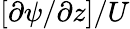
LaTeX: [{\partial\psi}/{\partial z}]/U